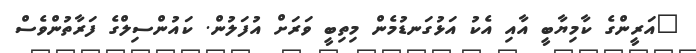
"އަރީންގެ ކާމިޔާބީ އާއި އެކު އަޅުގަނޑުމެން މިތިބީ ވަރަށް އުފަލުން. ކައުންސިލްގެ ފަރާތުންވެސް